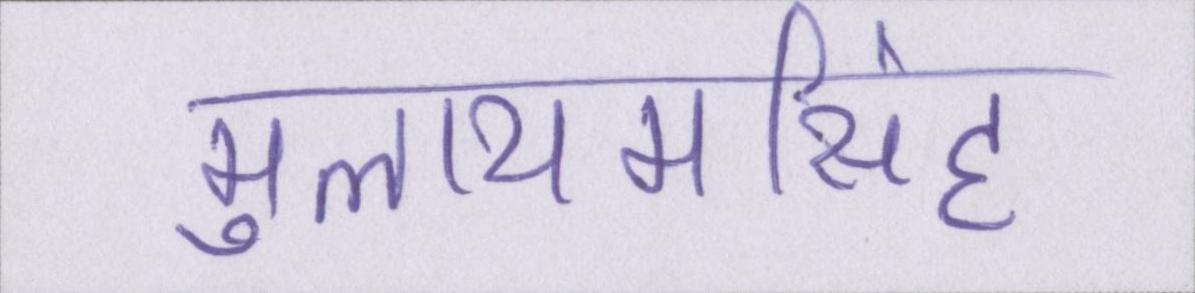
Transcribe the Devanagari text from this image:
मुलायमसिंह